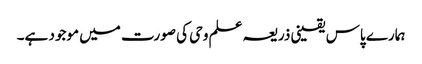
ہمارے پاس یقینی ذریعہ علم وحی کی صورت میں موجود ہے۔